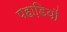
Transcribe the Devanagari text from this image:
पहाडि़यों